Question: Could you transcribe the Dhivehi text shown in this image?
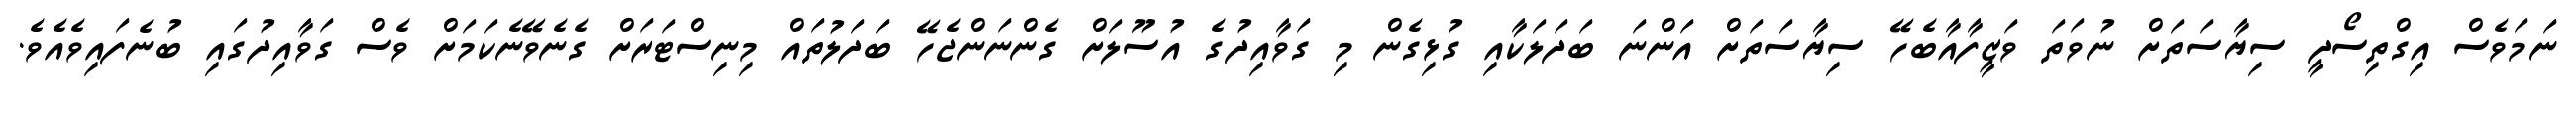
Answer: ނަމަވެސް އިގްތިސޯދީ ސިޔާސަތަށް ނުވަތަ ވަޒީފާއާބެހޭ ސިޔާސަތަށް އަންނަ ބަދަލަކާއި ގުޅިގެން މި ގަވާއިދުގެ އުސޫލަށް ގެންނަންޖެހޭ ބަދަލުތައް މިނިސްޓަރަށް ގެނެވޭނެކަމަށް ވެސް ގަވާއިދުގައި ބުނެފައިވެއެވެ.